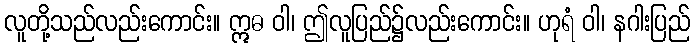
လူတို့သည်လည်းကောင်း။ ဣဓ ဝါ၊ ဤလူပြည်၌လည်းကောင်း။ ဟုရံ ဝါ၊ နဂါးပြည်